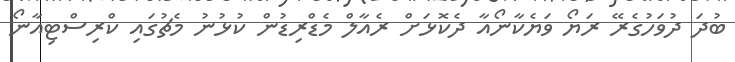
ބުދަ ދުވަހުގެރޭ ރަޔޯ ވަޔެކާނޯއާ ދެކޮޅަށް ރެއާލް މެޑްރިޑުން ކުޅުނު މެޗުގައި ކްރިސްޓިއާނޯ